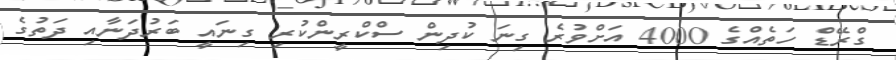
ގްރޭޑް ހަތެއްގެ 4000 އަށްވުރެ ގިނަ ކުދިން ސްކްރީންކުރި ގިނައީ ބަރުދަނާއި ދަތުގެ